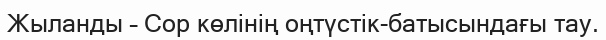
Жыланды – Сор көлінің оңтүстік-батысындағы тау.